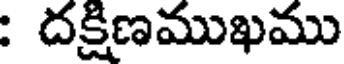
: దక్షిణముఖము